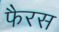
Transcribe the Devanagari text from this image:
फैरस